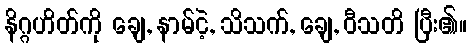
နိဂ္ဂဟိတ်ကို ချေ, နာမ်ငဲ့, သိသက်, ချေ, ဝီသတိ ပြီး၏။